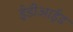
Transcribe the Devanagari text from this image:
ईडीआईड